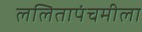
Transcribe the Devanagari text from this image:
ललितापंचमीला